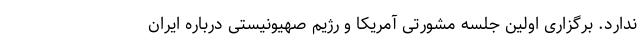
ندارد. برگزاری اولین جلسه مشورتی آمریکا و رژیم صهیونیستی درباره ایران